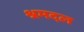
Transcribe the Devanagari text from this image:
श्रमदल